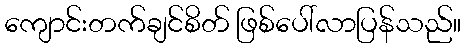
ကျောင်းတက်ချင်စိတ် ဖြစ်ပေါ်လာပြန်သည်။